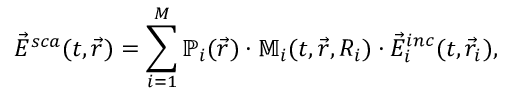
\vec { E } ^ { s c a } ( t , \vec { r } ) = \sum _ { i = 1 } ^ { M } \mathbb { P } _ { i } ( \vec { r } ) \cdot \mathbb { M } _ { i } ( t , \vec { r } , R _ { i } ) \cdot \vec { E } _ { i } ^ { i n c } ( t , \vec { r } _ { i } ) ,